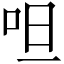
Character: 呾